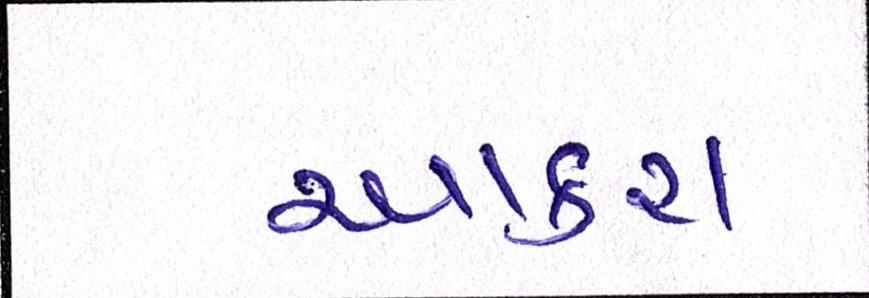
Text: આકરા